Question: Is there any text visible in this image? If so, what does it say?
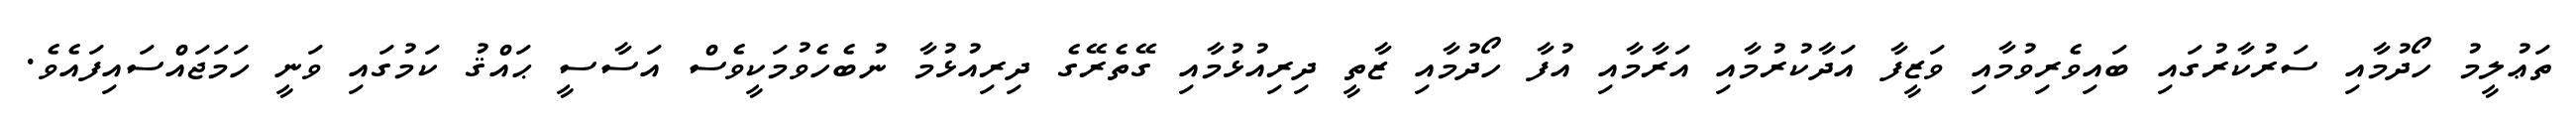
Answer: ތަޢުލީމު ހޯދުމާއި ސަރުކާރުގައި ބައިވެރިވުމާއި ވަޒީފާ އަދާކުރުމާއި އަރާމާއި އުފާ ހޯދުމާއި ޒާތީ ދިރިއުޅުމާއި ގޭތެރޭގެ ދިރިއުޅުމާ ނުބެހެވުމަކީވެސް އަސާސީ ޙައްޤު ކަމުގައި ވަނީ ހަމަޖައްސައިފައެވެ.